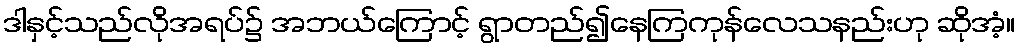
ဒါနှင့်သည်လိုအရပ်၌ အဘယ်ကြောင့် ရွာတည်၍နေကြကုန်လေသနည်းဟု ဆိုအံ့။